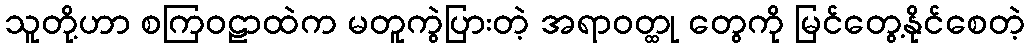
သူတို့ဟာ စကြဝဠာထဲက မတူကွဲပြားတဲ့ အရာဝတ္ထု တွေကို မြင်တွေ့နိုင်စေတဲ့